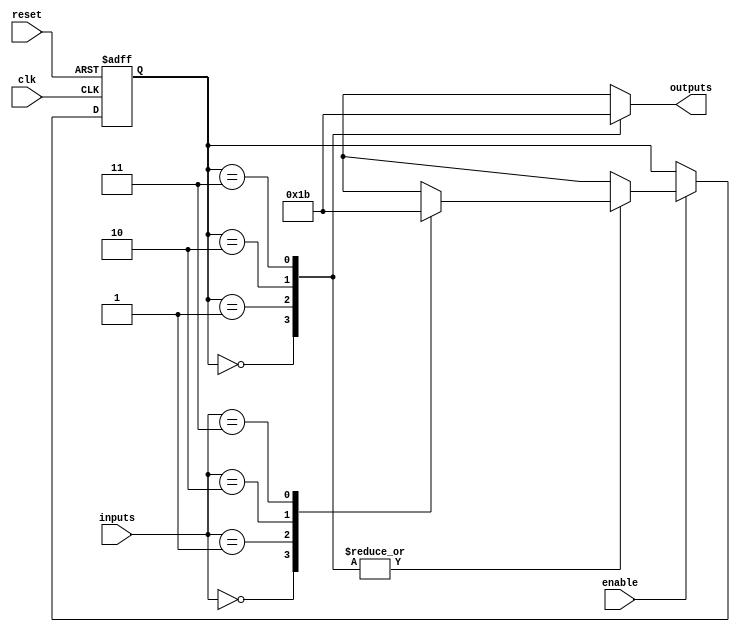
module parameterized_state_machine #(
    parameter NUM_STATES = 4,          // Number of states
    parameter NUM_INPUTS = 2,          // Number of inputs
    parameter NUM_OUTPUTS = 2           // Number of outputs
)(
    input wire clk,                     // Clock signal
    input wire reset,                   // Reset signal
    input wire enable,                  // Enable signal
    input wire [NUM_INPUTS-1:0] inputs, // Input signals
    output reg [NUM_OUTPUTS-1:0] outputs // Output signals
);

    // State encoding
    localparam STATE_WIDTH = $clog2(NUM_STATES);
    reg [STATE_WIDTH-1:0] current_state, next_state;

    // State Definitions (can be modified as needed)
    localparam STATE_0 = 0;
    localparam STATE_1 = 1;
    localparam STATE_2 = 2;
    localparam STATE_3 = 3;

    // State Transition Logic
    always @(*) begin
        if (enable) begin
            case (current_state)
                STATE_0: begin
                    case (inputs)
                        2'b00: next_state = STATE_0;
                        2'b01: next_state = STATE_1;
                        2'b10: next_state = STATE_2;
                        2'b11: next_state = STATE_3;
                        default: next_state = STATE_0;
                    endcase
                end

                STATE_1: begin
                    case (inputs)
                        2'b00: next_state = STATE_0;
                        2'b01: next_state = STATE_1;
                        2'b10: next_state = STATE_2;
                        2'b11: next_state = STATE_3;
                        default: next_state = STATE_1;
                    endcase
                end

                STATE_2: begin
                    case (inputs)
                        2'b00: next_state = STATE_0;
                        2'b01: next_state = STATE_1;
                        2'b10: next_state = STATE_2;
                        2'b11: next_state = STATE_3;
                        default: next_state = STATE_2;
                    endcase
                end

                STATE_3: begin
                    case (inputs)
                        2'b00: next_state = STATE_0;
                        2'b01: next_state = STATE_1;
                        2'b10: next_state = STATE_2;
                        2'b11: next_state = STATE_3;
                        default: next_state = STATE_3;
                    endcase
                end

                default: next_state = STATE_0; // Default to state 0
            endcase
        end else begin
            next_state = current_state; // Hold state if not enabled
        end
    end

    // State Register
    always @(posedge clk or posedge reset) begin
        if (reset) begin
            current_state <= STATE_0; // Reset to initial state
        end else begin
            current_state <= next_state; // Update current state
        end
    end

    // Output Logic
    always @(*) begin
        case (current_state)
            STATE_0: outputs = 2'b00; // Outputs for state 0
            STATE_1: outputs = 2'b01; // Outputs for state 1
            STATE_2: outputs = 2'b10; // Outputs for state 2
            STATE_3: outputs = 2'b11; // Outputs for state 3
            default: outputs = 2'b00;  // Default output
        endcase
    end

endmodule